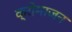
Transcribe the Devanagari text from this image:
क्रोमाजन